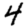
Digit: 4